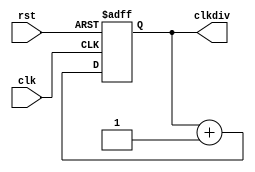
`timescale 1ns / 1ps

module clkdiv(input clk,
					input rst,
					output reg[31:0] clkdiv
    );
// clock divider 
 always @ (posedge clk or posedge rst) begin
	if (rst) clkdiv<=0;
	else clkdiv <= clkdiv + 1'b1;
 end


endmodule